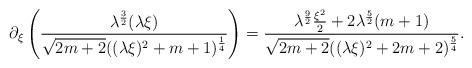
LaTeX: \begin{align*}\partial_{\xi}\left(\frac{\lambda^{\frac{3}{2}}(\lambda\xi)}{\sqrt{2m+2}((\lambda\xi)^2+m+1)^{\frac{1}{4}}}\right)=\frac{\lambda^{\frac{9}{2}}\frac{\xi^2}{2}+2\lambda^{\frac{5}{2}}(m+1)}{\sqrt{2m+2}((\lambda\xi)^{2}+2m+2)^{\frac{5}{4}}}.\end{align*}